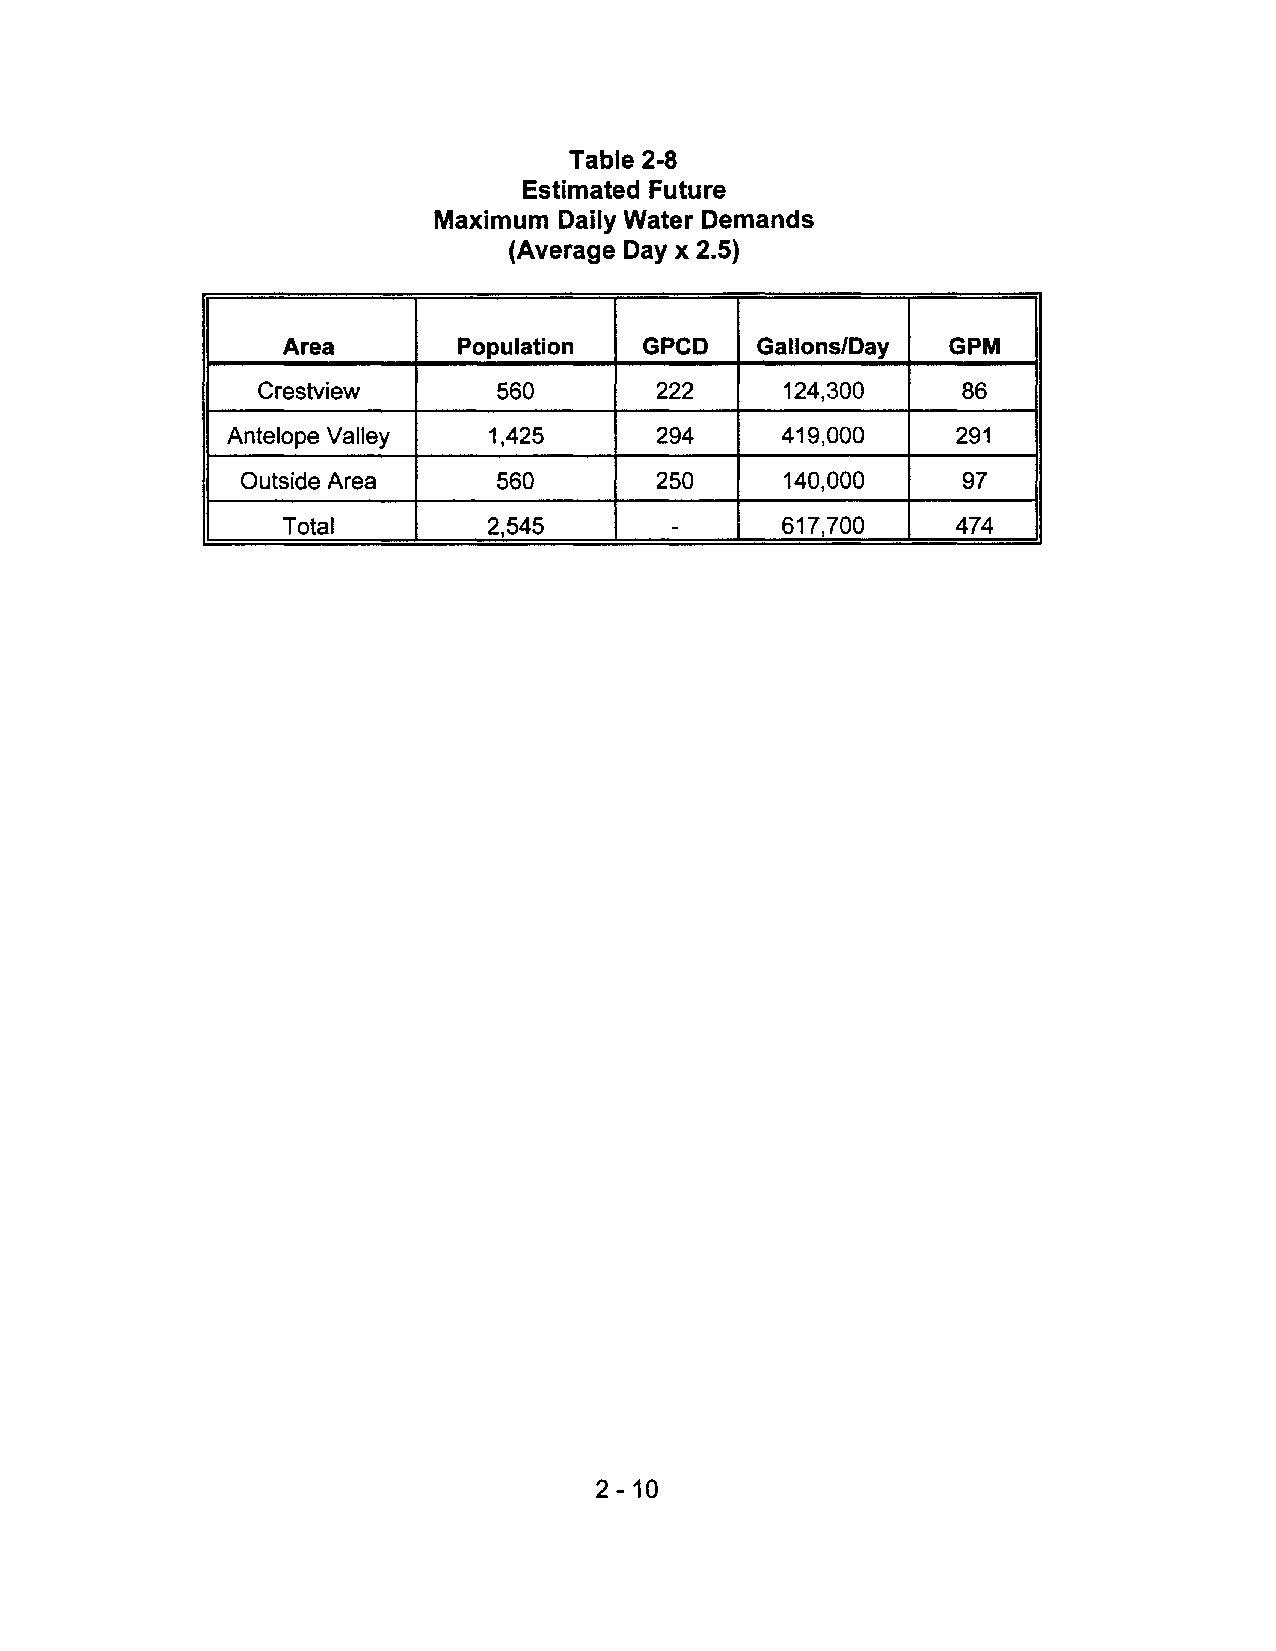
Table 2·8
 Estimated Future
 Maximum Daily Water Demands
 (Average Day x 2.5)
 Area       Population   GPCD   Gallons/Day  GPM
 Crestview       560        222     124,300     86
 Antelope Valley   1,425      294     419,000    291
 Outside Area     560        250     140,000     97
 Total        2,545        -      617,700    474
 2 -10